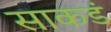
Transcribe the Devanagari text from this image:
साकडं